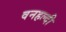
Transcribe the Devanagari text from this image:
वनहल्दी